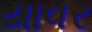
યાવર